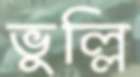
ভুল্লি